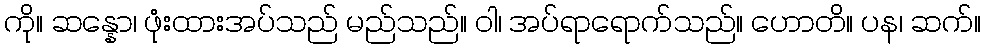
ကို။ ဆန္နော၊ ဖုံးထားအပ်သည် မည်သည်။ ဝါ၊ အပ်ရာရောက်သည်။ ဟောတိ။ ပန၊ ဆက်။